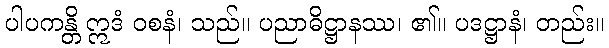
ပါပကန္တိ ဣဒံ ဝစနံ၊ သည်။ ပညာဓိဋ္ဌာနဿ၊ ၏။ ပဒဋ္ဌာနံ၊ တည်း။